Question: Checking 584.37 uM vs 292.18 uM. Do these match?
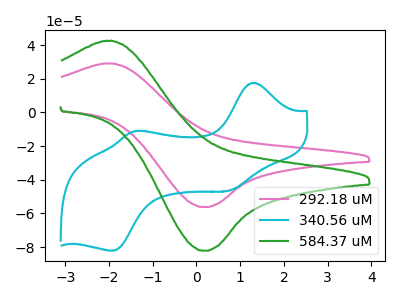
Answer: <think>The pink curve "292.18 uM" has an anodic peak at (-2.00V, 29.15uA) and a cathodic peak at (0.15V, -56.20uA). The cyan curve "340.56 uM" has anodic peaks at (1.30V, 17.55uA) (-1.45V, -11.20uA) and cathodic peaks at (0.75V, -46.45uA) (-1.90V, -82.10uA). The green curve "584.37 uM" has an anodic peak at (-2.00V, 42.60uA) and a cathodic peak at (0.15V, -82.15uA).
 All the peaks in "584.37 uM" have a peak in "292.18 uM" at the same potential. Every peak in "584.37 uM" is higher than every peak in "292.18 uM".</think>
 <answer>"584.37 uM" and "292.18 uM" are similar in shape.</answer>
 <eval>same_shape</eval>